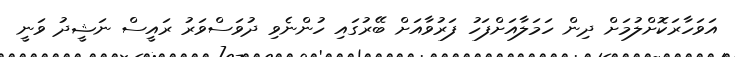
އަވަހާރަކޮށްލުމަށް ދިން ހަމަލާއަށްފަހު ފަރުވާއަށް ބޭރުގައި ހުންނެވި ދުވަސްވަރު ރައީސް ނަޝީދު ވަނީ